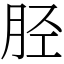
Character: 胫